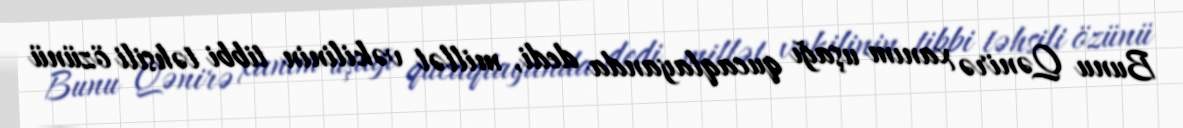
Bunu Qənirə xanım uşağı qucaqlayanda dedi, millət vəkilinin tibbi təhsili özünü